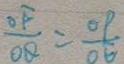
\frac { O F } { O Q } = \frac { O P } { O E }